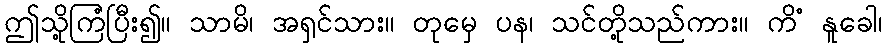
ဤသို့ကြံပြီး၍။ သာမိ၊ အရှင်သား။ တုမှေ ပန၊ သင်တို့သည်ကား။ ကိံ နူခေါ၊